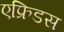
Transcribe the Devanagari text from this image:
एफ्रिडस